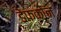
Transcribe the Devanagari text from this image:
डेफकोन